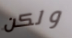
ولكن